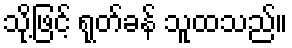
သို့ဖြင့် ရုတ်ခန် သူထသည်။